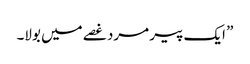
” ایک پیر مرد غصے میں بولا۔